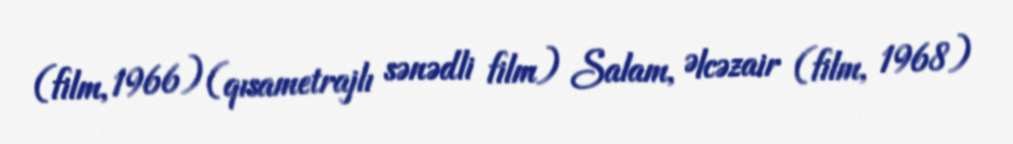
(film, 1966) (qısametrajlı sənədli film) Salam, Əlcəzair (film, 1968)